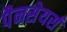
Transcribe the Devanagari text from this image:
पैनसेयर्स